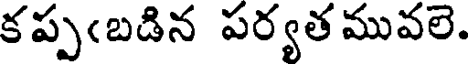
కప్ప(బడిన పర్యత మువలె.